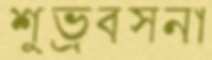
শুভ্রবসনা